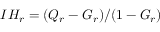
I H _ { r } = ( Q _ { r } - G _ { r } ) / ( 1 - G _ { r } )